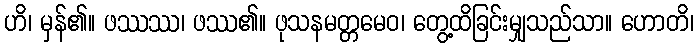
ဟိ၊ မှန်၏။ ဖဿဿ၊ ဖဿ၏။ ဖုသနမတ္တမေဝ၊ တွေ့ထိခြင်းမျှသည်သာ။ ဟောတိ၊